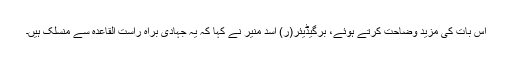
اِس بات کی مزید وضاحت کرتے ہوئے، برگیڈیئر(ر) اسد منیر نے کہا کہ یہ جہادی براہِ راست القاعدہ سے منسلک ہیں۔